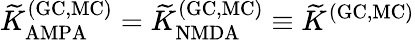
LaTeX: {\widetilde K}_{\mathrm{AMPA}}^{\mathrm{(GC,MC)}}={\widetilde K}_{\mathrm{NMDA}}^{\mathrm{(GC,MC)}}\equiv{\widetilde K}^{\mathrm{(GC,MC)}}